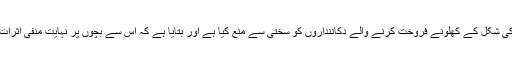
انہوں نے قائم مقام اسسٹنٹ کمشنر کو بتایا کہ ہم نے اسلحے کی شکل کے کھلونے فروخت کرنے والے دکاننداروں کو سختی سے منع کیا ہے اور بتایا ہے کہ اس سے بچوں پر نہایت منفی اثرات پڑتے ہیں، اس لئے بھی ان کا خاتمہ کیا جانا ضروری ہے ۔